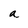
Character: a